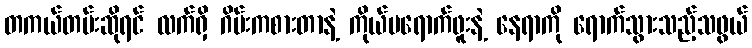
တကယ်တမ်းဆိုရင် လက်ရှိ ဂိမ်းကစားတာနဲ့ ကိုယ်မရောက်ဖူးနဲ့ နေရာကို ရောက်သွားသည့်သဖွယ်